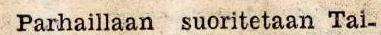
Parhaillaan suoritetaan